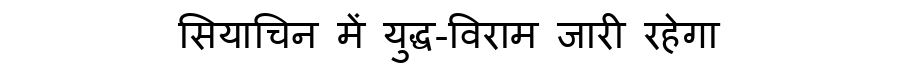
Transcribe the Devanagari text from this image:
सियाचिन में युद्ध-विराम जारी रहेगा